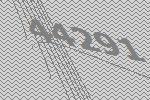
44291